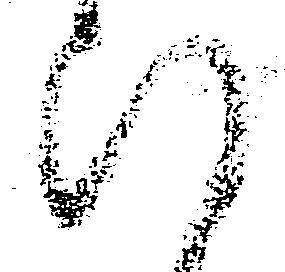
断